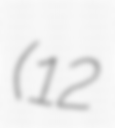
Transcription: (12